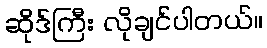
ဆိုဒ်ကြီး လိုချင်ပါတယ်။